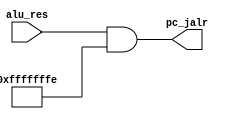
`timescale 1ns / 1ps

module and_jalr(
	input [31:0] alu_res,
	output [31:0] pc_jalr
    );
    assign pc_jalr = alu_res & 32'hFFFFFFFE;
endmodule